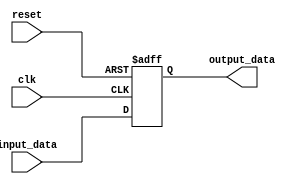
module behavioral_model (
    input wire clk,
    input wire reset,
    input wire [7:0] input_data,
    output reg [7:0] output_data
);

always @(posedge clk or negedge reset) begin
    if (!reset) begin
        output_data <= 8'b00000000; // Reset output to default value
    end else begin
        output_data <= input_data; // Update output with input data
    end
end

endmodule